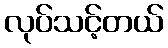
လုပ်သင့်တယ်